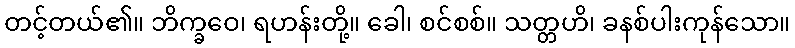
တင့်တယ်၏။ ဘိက္ခဝေ၊ ရဟန်းတို့။ ခေါ၊ စင်စစ်။ သတ္တဟိ၊ ခနစ်ပါးကုန်သော။